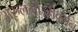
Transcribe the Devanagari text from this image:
अरुलमोज्हीवर्मन